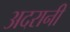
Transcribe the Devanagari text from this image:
अदरानी